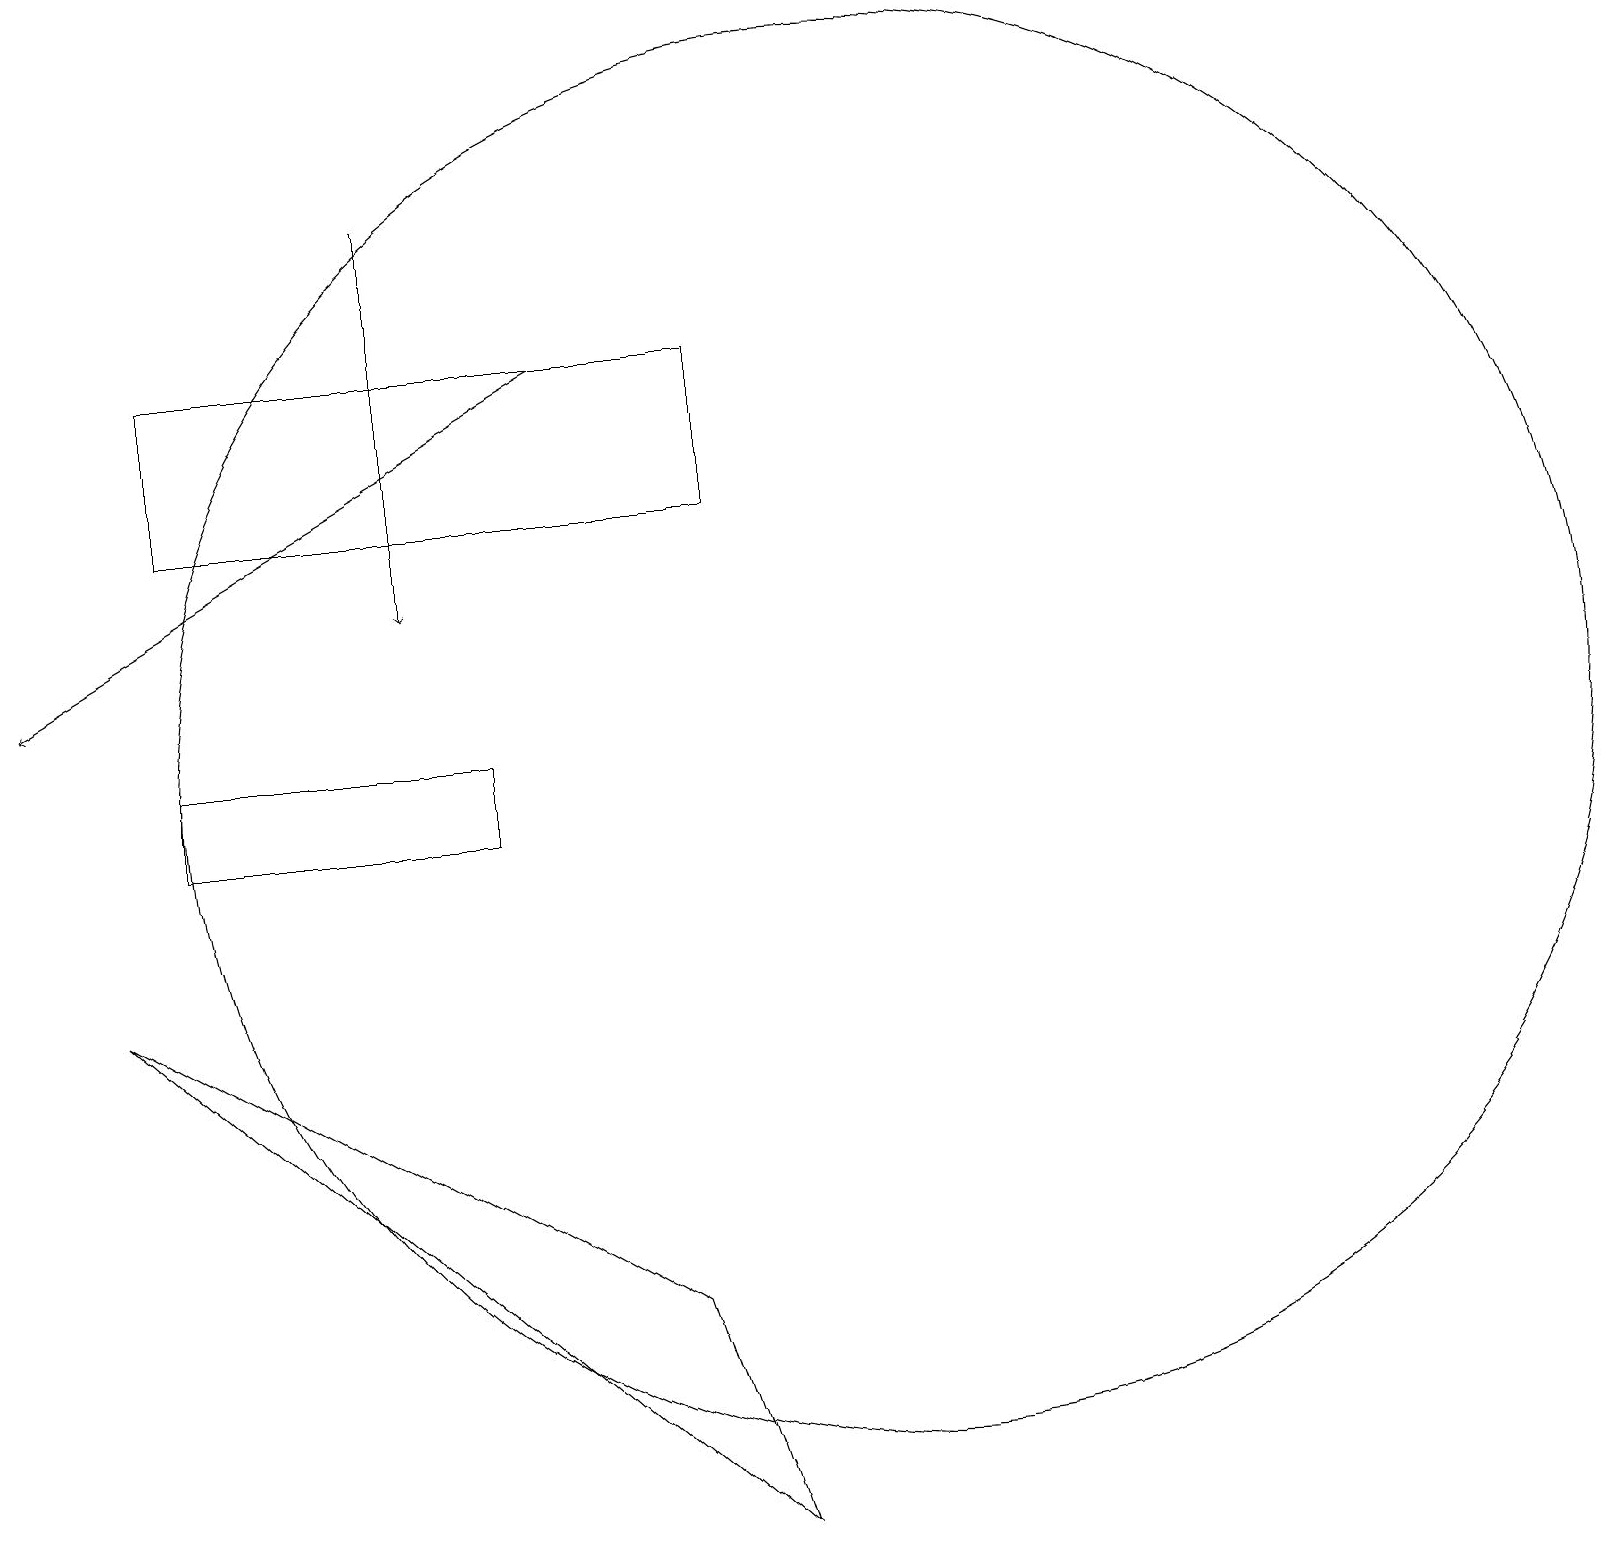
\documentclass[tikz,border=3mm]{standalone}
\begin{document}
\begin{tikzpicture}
\draw (6,11) rectangle (2,10);
\draw (9,16) rectangle (2,14);
\draw[->] (5,18) -- (5,13);
\draw[->] (7,16) -- (0,12);
\draw (1,8) -- (8,4) -- (9,1) -- cycle;
\draw (11,11) circle (9);
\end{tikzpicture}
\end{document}